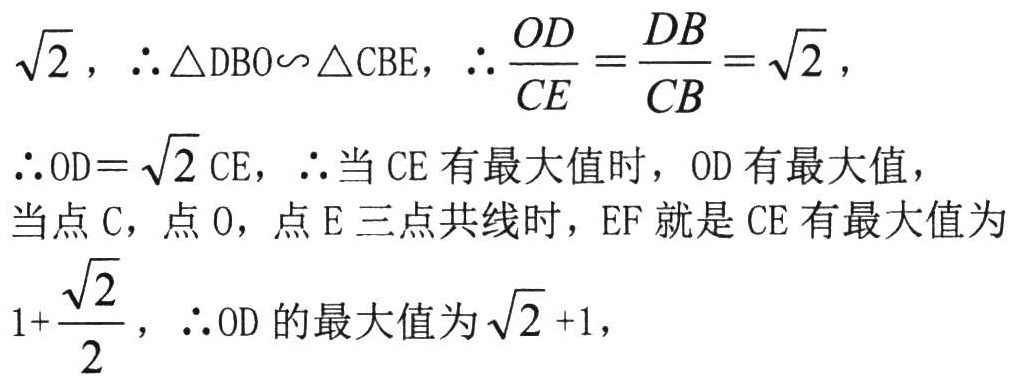
$\sqrt{2}$，$\therefore\triangle DBO\backsim\triangle CBE$，$\therefore\frac{OD}{CE}=\frac{DB}{CB}=\sqrt{2}$，
$\therefore OD = \sqrt{2}CE$，$\therefore$当$CE$有最大值时，$OD$有最大值，
当点$C$，点$O$，点$E$三点共线时，$EF$就是$CE$有最大值为
$1+\frac{\sqrt{2}}{2}$，$\therefore OD$的最大值为$\sqrt{2}+1$，